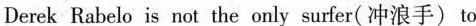
Derek Rabelo is not the only surfer( 冲浪手)to